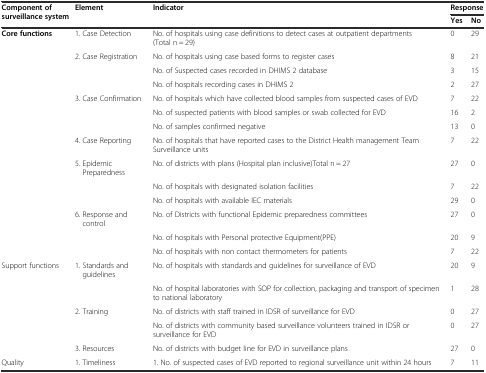
| <ROWSPAN=2> Component of surveillance system | <ROWSPAN=2> Element | <ROWSPAN=2> Indicator | <COLSPAN=2> Response |
 | Yes | No |
 | --- | --- | --- | --- | --- |
 | Core functions | 1. Case Detection | No. of hospitals using case definitions to detect cases at outpatient departments (Total n = 29) | 0 | 29 |
 |  | 2. Case Registration | No. of hospitals using case based forms to register cases | 8 | 21 |
 |  |  | No. of Suspected cases recorded in DHIMS 2 database | 3 | 15 |
 |  |  | No. of hospitals recording cases in DHIMS 2 | 2 | 27 |
 |  | 3. Case Confirmation | No. of hospitals which have collected blood samples from suspected cases of EVD | 7 | 22 |
 |  |  | No. of suspected patients with blood samples or swab collected for EVD | 16 | 2 |
 |  |  | No. of samples confirmed negative | 13 | 0 |
 |  | 4. Case Reporting | No. of hospitals that have reported cases to the District Health management Team Surveillance units | 7 | 22 |
 |  | 5. Epidemic Preparedness | No. of districts with plans (Hospital plan inclusive)Total n = 27 | 27 | 0 |
 |  |  | No. of hospitals with designated isolation facilities | 7 | 22 |
 |  |  | No. of hospitals with available IEC materials | 29 | 0 |
 |  | 6. Response and control | No. of Districts with functional Epidemic preparedness committees | 27 | 0 |
 |  |  | No. of hospitals with Personal protective Equipment(PPE) | 20 | 9 |
 |  |  | No. of hospitals with non contact thermometers for patients | 7 | 22 |
 | Support functions | 1. Standards and guidelines | No. of hospitals with standards and guidelines for surveillance of EVD | 20 | 9 |
 |  |  | No. of hospital laboratories with SOP for collection, packaging and transport of specimen to national laboratory | 1 | 28 |
 |  | 2. Training | No. of districts with staff trained in IDSR of surveillance for EVD | 0 | 27 |
 |  |  | No. of districts with community based surveillance volunteers trained in IDSR or surveillance for EVD | 0 | 27 |
 |  | 3. Resources | No. of districts with budget line for EVD in surveillance plans | 27 | 0 |
 | Quality | 1. Timeliness | 1. No. of suspected cases of EVD reported to regional surveillance unit within 24 hours | 7 | 11 |